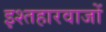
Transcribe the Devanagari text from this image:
इश्तहारवाजों